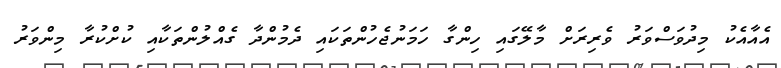
އެއާއެކު މިދުވަސްވަރު ވެރިރަށް މާލޭގައި ހިންގާ ހަމަނުޖެހުންތަކައި ދެމުންދާ ގެއްލުންތަކާއި ކުށްކުރާ މިންވަރު